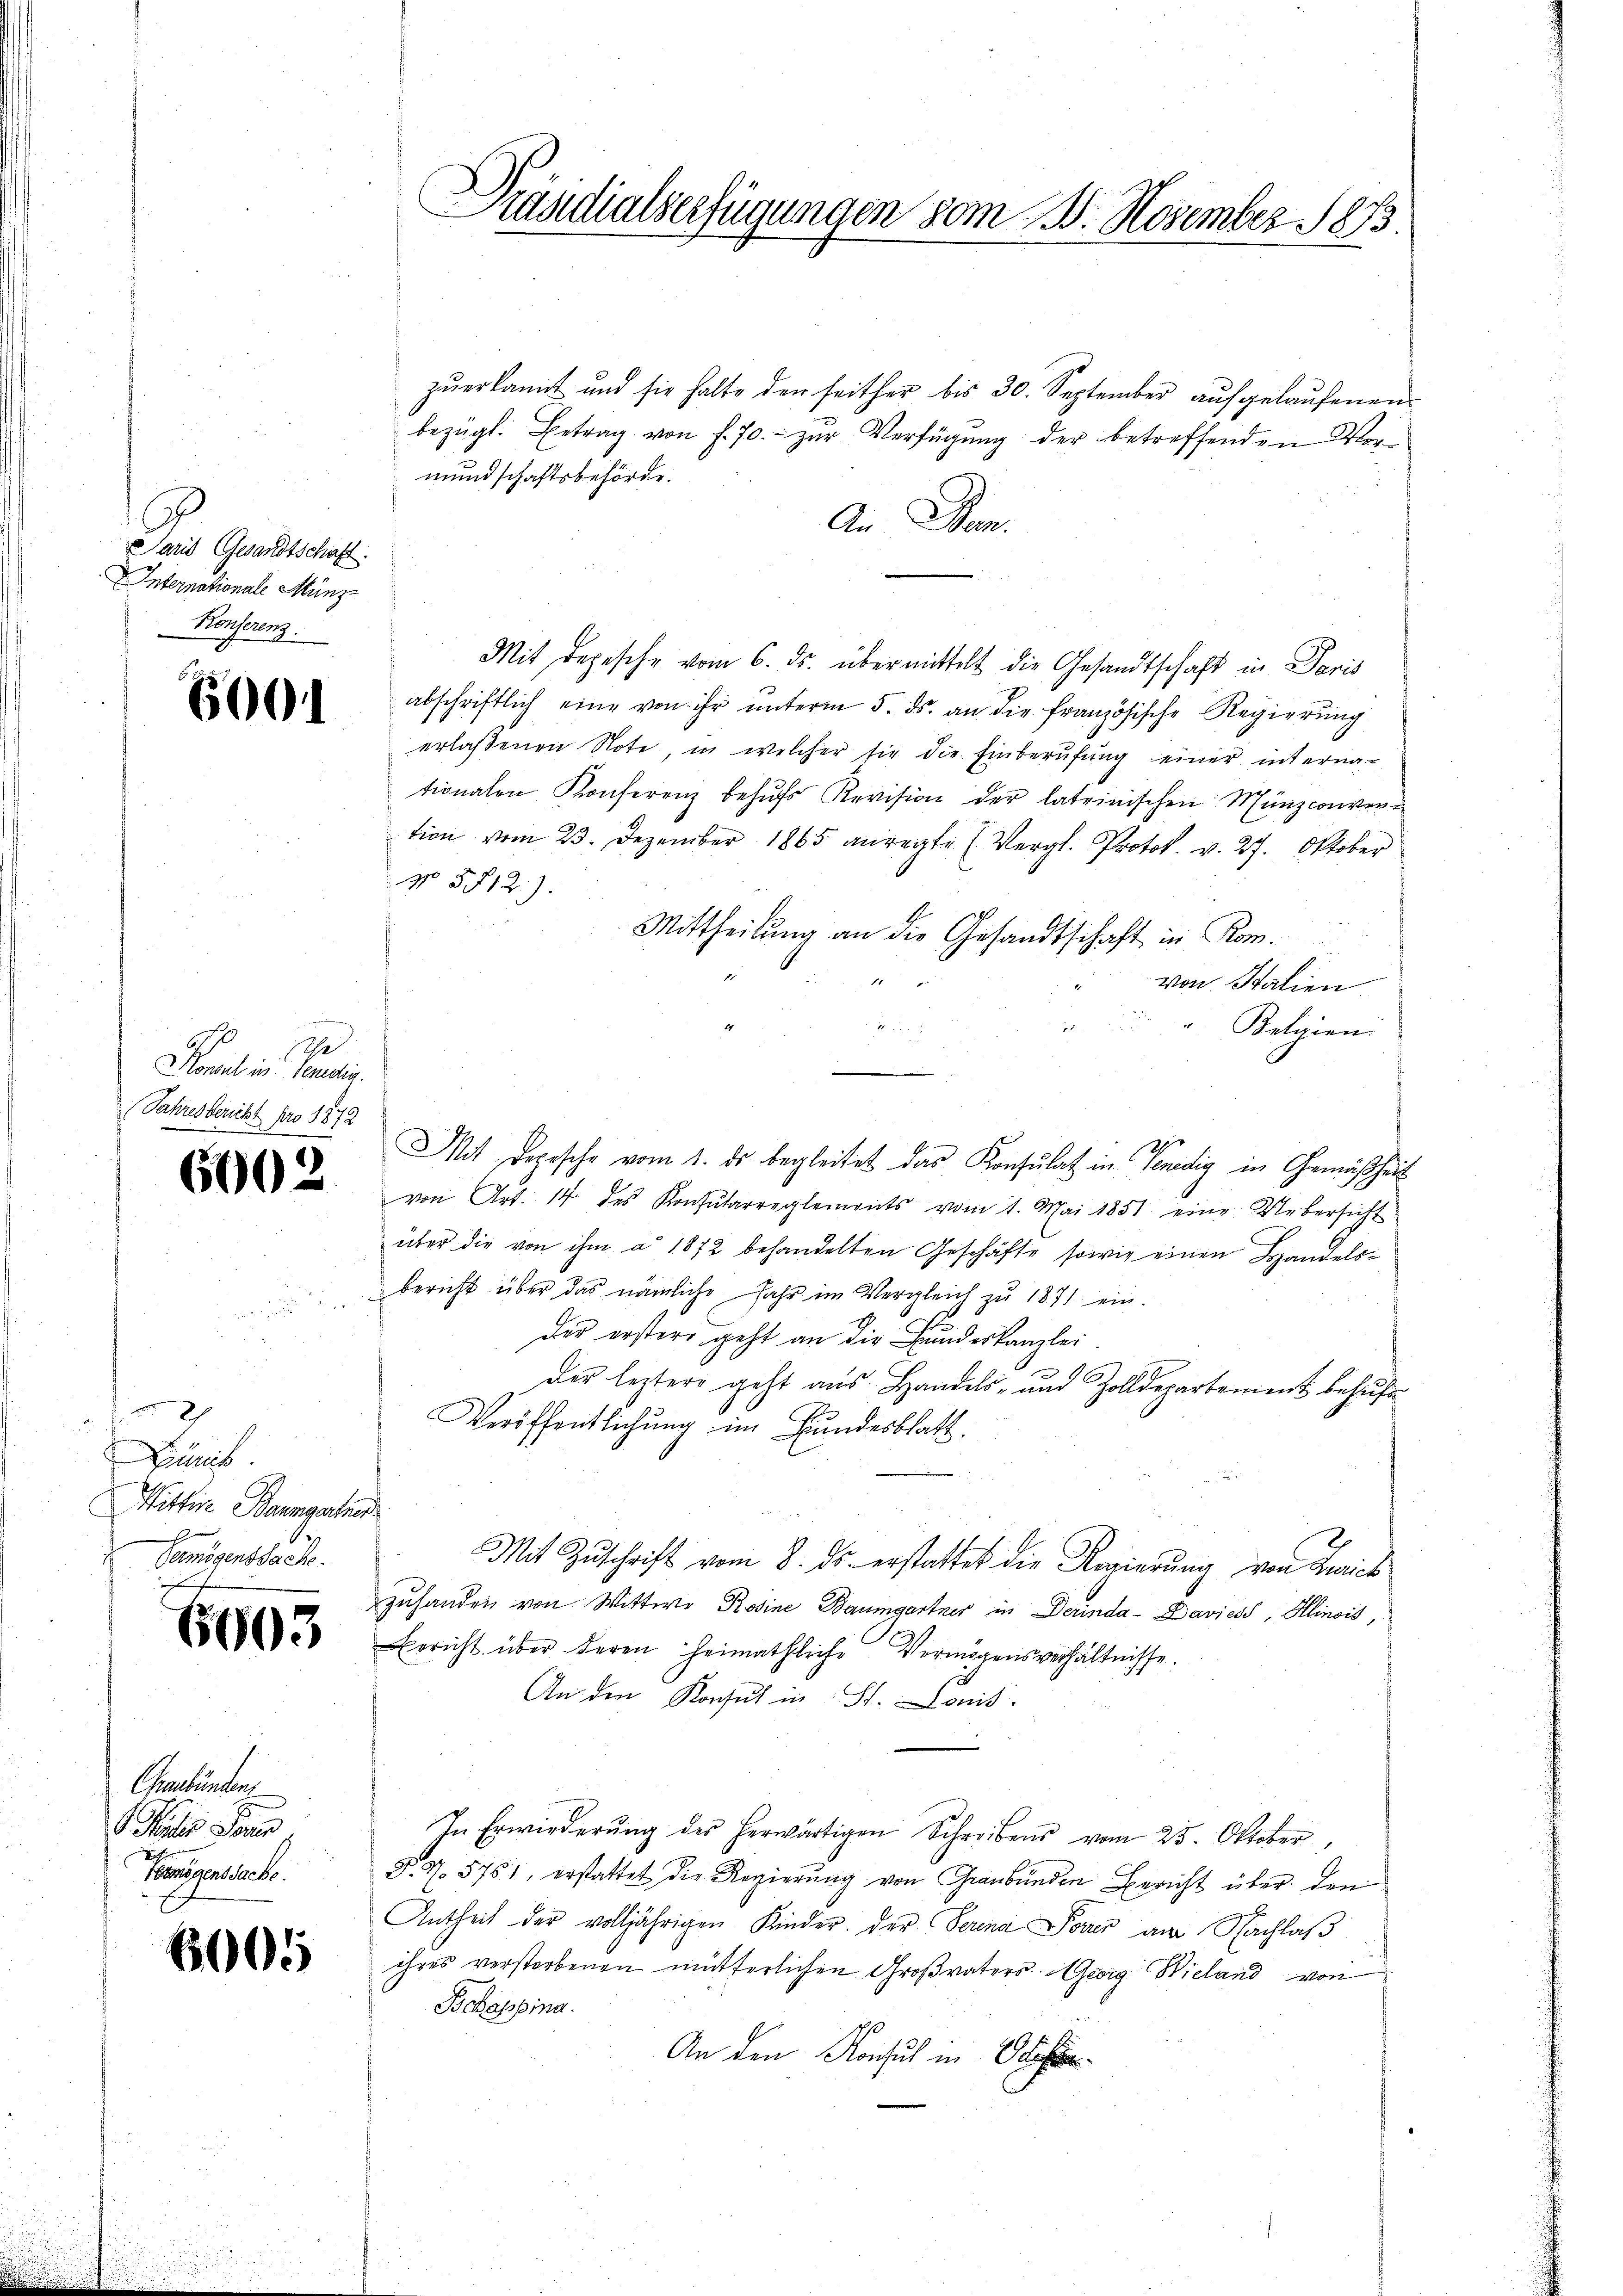
Paris Gesandtschaft.
Internationale Münz
Konferenz.

6001

ihe
Konsul in Benedig
(Jahresbericht pro 1872

6002

2
Zürich
Wittere Baumgartner
Geigensache.
i

603

Graubünden
G. Satis Jose
Eigenssache.

6005

Präsidialserfügungen vom 3. November 1873.

zŭerkannt und sie halte den seither bis 30. September aŭfgelaŭfenen
bezügl. Betrag von f. 70. - zur Verfügung der betreffenden Vormundschaftsbehörde.
An Gen.
Mit depesche vom 6. ds. übermittelt die Gesandtschaft in Paris
abschriftlich eine von ihr unterm 5. ds. an die französische Regierung
erlassenen Note, in welcher sie die Einberufung einer internationalen Konferenz behŭfs Revision der lateinischen Mänzconvention vom 23. Dezember 1865 anregte (Vergl. Protok. v. 27. Oktober
No. 5312).
Mittheilung an die Gesandtschaft in Rom.
von Stalien
Belgien.

von Art. 14 des Konsularreglements vom 1. Mai 1851 eine Uebersicht
über die von ihm a 1872 behandelten Geschäfte sowie einen Handelsbericht über das nämliche Jahr im Vergleich zŭ 1871 ein.
der erstere geht an die Bundeskanzlei.
der leztere geht aus Handels- und Zolldepartenient behufe
Veröffentlichung im Bundesblatt.
Mit Zuschrift vom 8. ds. erstattet die Regierung von Zürich
zuhanden von Wittwe Rosine Baumgartner in Derinda - Daviess, Klinois,
Bericht über deren Heimathliche Vermögensverhältnisse.
An den Konsul in St. Louis.
In Erwirderŭng der herwärtigen Schreibens vom 25. Oktober,
§. N. 5751, erstattet die Regierung von Graubünden Bericht über den
Antheil der volljährigen Kinder. Der Serena Parer am Nachlaß
ihres verstorbenen mütterlichen Großvaters Georg Wieland von
Bchassina.
An den Konsul in Oeste

Mit Depesche vom 1. ds. begleitet das Konsulat in Venedig in Gemäßheit